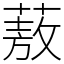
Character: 蔜